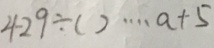
4 2 9 \div ( ) \cdots a + 5